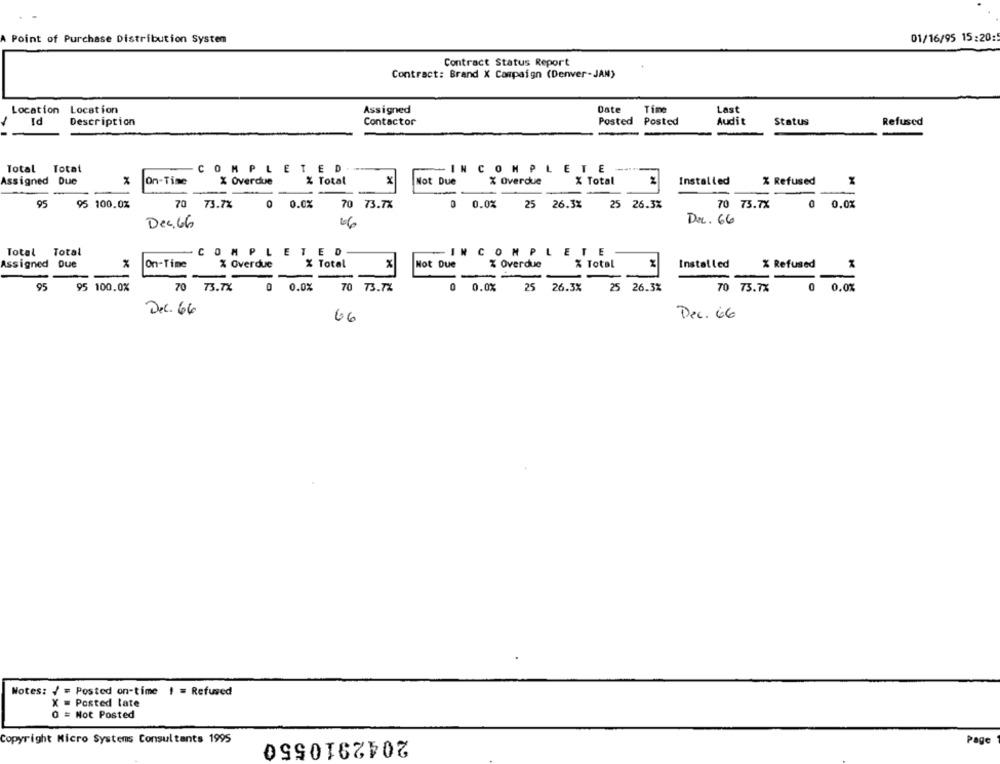
01/16/95 15:20:5
Point of Purchase Distribution System
Contract Status Report
Contract: Brand X Campaign (Denver- JAN)
Date
Location Location
Assigned
Last
-
Id
Description
Contactor
Posted Posted
Audit
Status
Refused
Total Total
COMPLETED
INCOMPLETE
Assigned Due
%
On-Time
X Overdue
% Total
Not Due
X Overdue
X Total
Installed
% Refused
M
95
95 100.0%
70 73.7%
0 0.0%
70 73.7X
0.0%
25
26.3%
25
26.3%
70 73.7X
0.0%
Del. 66
Dec. 66
66
Total
Total
COMPLETED
INCOMPLETE
Assigned Due
On-Time
% Overdue
X Total
Not Due
% Overdue
% Total
Installed
% Refused
-
-
95
95 100.0%
70
73.7X
0
0.0%
70 73.74
0.0%
25 26.3%
25 26.3%
70 73.7%
0.0%
Dec. 66
Dec. 66
66
Notes: / = Posted on-time ! = Refused
X = Posted late
0 = Not Posted
Copyright Micro Systems Consultants 1995
2042910550
Page